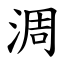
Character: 淍